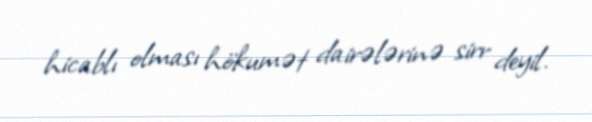
hicablı olması hökumət dairələrinə sirr deyil.